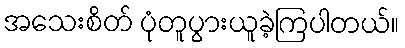
အသေးစိတ် ပုံတူပွားယူခဲ့ကြပါတယ်။